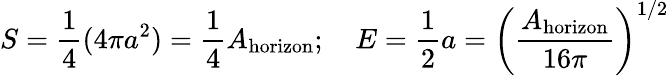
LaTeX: S={\frac{1}{4}}(4\pi a^{2})={\frac{1}{4}}A_{\mathrm{horizon}};\quad E={\frac{1}{2}}a=\left({\frac{A_{\mathrm{horizon}}}{16\pi}}\right)^{1/2}